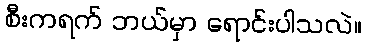
စီးကရက် ဘယ်မှာ ရောင်းပါသလဲ။